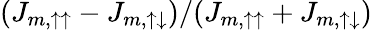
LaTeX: (J_{m,\uparrow\uparrow}-J_{m,\uparrow\downarrow})/(J_{m,\uparrow\uparrow}+J_{m,\uparrow\downarrow})